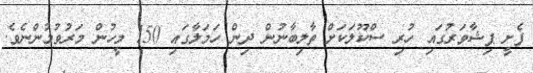
ފެށީ ޕިޝާވަރުގައި ހުރި ސްކޫލަކަށް ތާލިބާނުން ދިން ހަމަލާގައި 150 މީހުން މަރުވުމުންނެވެ.